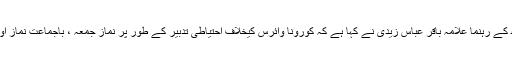
اس سے قبل مجلس وحدت مسلمین (ایم ڈبلیو ایم) سندھ کے رہنما علامہ باقر عباس زیدی نے کہا ہے کہ کورونا وائرس کیخلاف احتیاطی تدبیر کے طور پر نمازِ جمعہ ، باجماعت نماز اور دیگر مذہبی و سماجی اجتماعات روک دیے جائیں۔